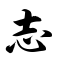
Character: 志